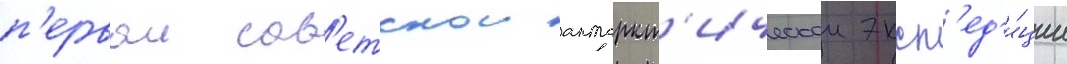
п'ервои сов'етскои антаркт'ическои эксп'ед'и́ции